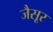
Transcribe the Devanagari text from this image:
जैसूर